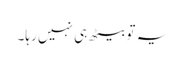
یہ تو بیٹھ ہی نہیں رہا۔